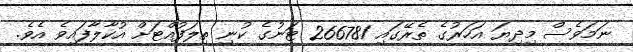
ނަމަވެސް މިދިޔަ އަހަރުގެ ތެރޭގައި 266781 ޓަނުގެ ކުނި ތިލަފުއްޓަށް އުކާލާފައިވެ އެވެ.